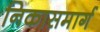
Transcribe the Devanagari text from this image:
निकासमार्ग